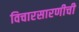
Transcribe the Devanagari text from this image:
विचारसारणीची